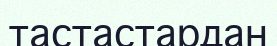
тастастардан